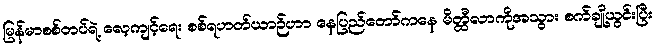
မြန်မာစစ်တပ်ရဲ့ လေ့ကျင့်ရေး စစ်ရဟတ်ယာဉ်ဟာ နေပြည်တော်ကနေ မိတ္ထီလာကိုအသွား စက်ချို့ယွင်းပြီး